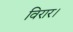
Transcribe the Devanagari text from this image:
विरार।